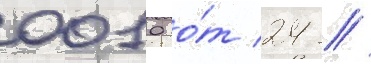
0010 о́т 24 //